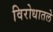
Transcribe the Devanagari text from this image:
विरोधातले